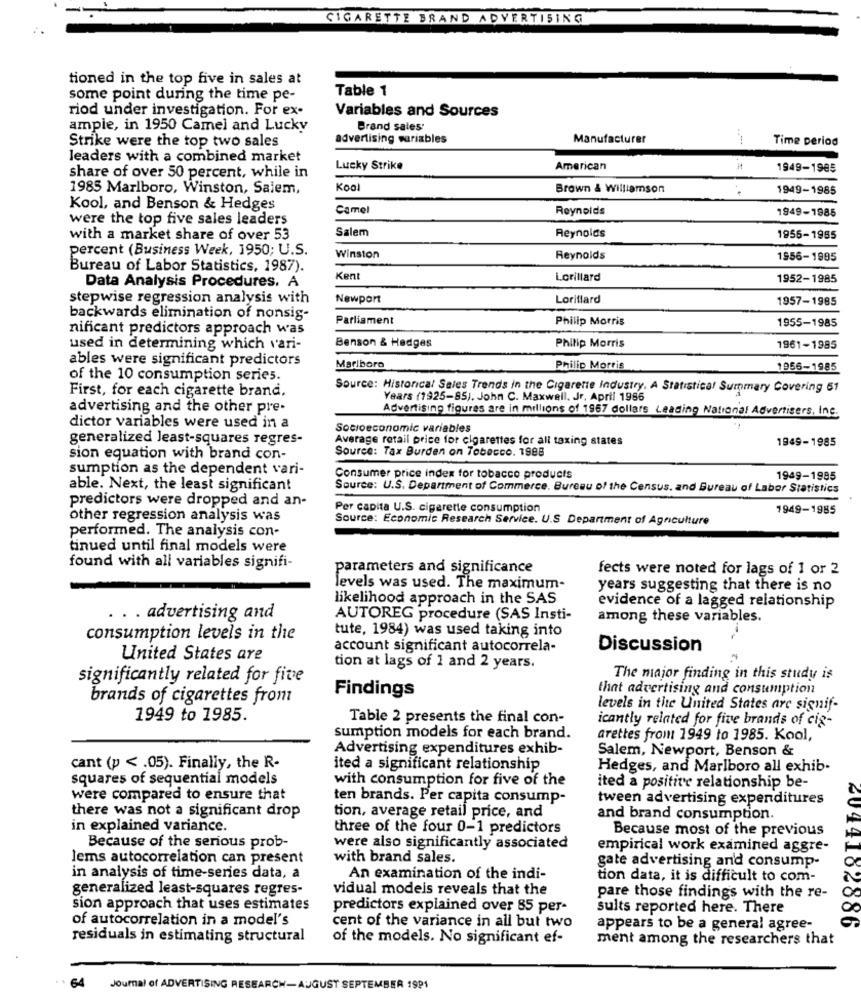
CIGARETTE BRAND ADVERTISING
tioned in the top five in sales at
Table 1
some point during the time pe-
riod under investigation. For ex-
Variables and Sources
ample, in 1950 Camel and Lucky
Brand sales
Strike were the top two sales
advertising variables
Manufacturer
Time period
leaders with a combined market
Lucky Strike
American
it
1949-1985
share of over 50 percent, while in
1985 Marlboro, Winston, Salem,
Kool
Brown & Williamson
1949-1985
Kool, and Benson & Hedges
Camel
Reynolds
1949-1985
were the top five sales leaders
Salem
with a market share of over 53
Reynolds
1955-1985
percent (Business Week, 1950; U.S.
Winston
Reynolds
1956-1995
Bureau of Labor Statistics, 1987).
Kent
Lorillard
1952-1985
Data Analysis Procedures. A
stepwise regression analysis with
Newport
Loriflard
1957-1985
backwards elimination of nonsig-
Parliament
Philip Morris
nificant predictors approach was
1955-1985
used in determining which vari-
Benson & Hedges
Philip Morris
1961-1985
ables were significant predictors
Marlboro
Philip Morris
1956-1985
of the 10 consumption series.
Source: Historical Sales Trends in the Cigarette Industry. A Statistical Summary Covering 61
First, for each cigarette brand.
Years (1925-85). John C. Maxwell, Jr, April 1986
advertising and the other pre-
Advertising figures are in millions of 1967 dollars Leading National Advertisers, Inc.
dictor variables were used in a
Socioeconomic variables
generalized least-squares regres-
Average retail price for cigarettes for all taxing states
1949-1985
sion equation with brand con-
Source: Tax Burden on Tobecco. 1998
sumption as the dependent vari-
Consumer price index for tobacco products
1949-1985
able. Next, the least significant
Source: U.S. Department of Commerce. Bureau of the Census. and Bureau of Labor Statistics
predictors were dropped and an-
Per capita U.S. cigarette consumption
1949-1985
other regression analysis was
Source: Economic Research Service. U.S. Department of Agriculture
performed. The analysis con-
tinued until final models were
found with all variables signifi-
parameters and significance
fects were noted for lags of 1 or 2
levels was used. The maximum-
years suggesting that there is no
likelihood approach in the SAS
evidence of a lagged relationship
. . . advertising and
AUTOREG procedure (SAS Insti-
among these variables.
tute, 1984) was used taking into
consumption levels in the
account significant autocorrela-
Discussion
United States are
tion at lags of 1 and 2 years.
significantly related for five
The major finding in this study is
Findings
that advertising and consumption
brands of cigarettes from
levels in the United States are signif-
1949 to 1985.
Table 2 presents the final con-
icantly related for five brands of cig-
sumption models for each brand.
arettes from: 1949 to 1985. Kool,
Advertising expenditures exhib-
Salem, Newport, Benson &
cant (p < . 05). Finally, the R-
ited a significant relationship
Hedges, and Marlboro all exhib-
squares of sequential models
with consumption for five of the
ited a positive relationship be-
were compared to ensure that
ten brands. Per capita consump-
tween advertising expenditures
there was not a significant drop
tion, average retail price, and
and brand consumption.
in explained variance.
three of the four 0-1 predictors
Because most of the previous
Because of the serious prob-
were also significantly associated
empirical work examined aggre-
lems autocorrelation can present
with brand sales.
gate advertising and consump-
in analysis of time-series data, a
An examination of the indi-
tion data, it is difficult to com-
generalized least-squares regres-
vidual models reveals that the
pare those findings with the re-
sion approach that uses estimates
predictors explained over 85 per-
suits reported here. There
of autocorrelation in a model's
cent of the variance in all but two
appears to be a general agree-
residuals in estimating structural
of the models. No significant ef-
ment among the researchers that
64
Journal of ADVERTISING RESEARCH-AUGUST SEPTEMBER 1991